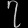
Digit: ၇